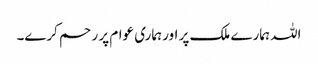
اللہ ہمارے ملک پر اور ہماری عوام پر ر حم کرے۔